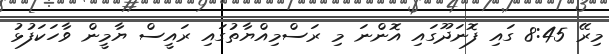
މިރޭ 8:45 ގައި ފޮނަދޫގައި އޮންނަ މި ރަސްމިއްޔާތުގައި ރައީސް ޔާމީން ވާހަކަފުޅު